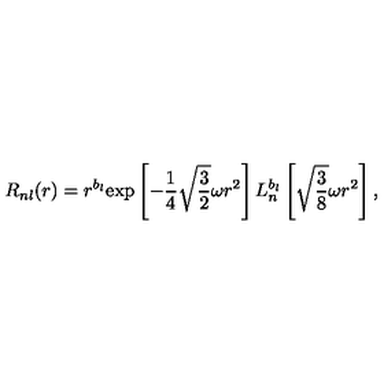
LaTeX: R _ { n l } ( r ) = r ^ { b _ { l } } \mathrm { e x p } \left[ - { \frac { 1 } { 4 } } \sqrt { \frac { 3 } { 2 } } \omega r ^ { 2 } \right] L _ { n } ^ { b _ { l } } \left[ \sqrt { \frac { 3 } { 8 } } \omega r ^ { 2 } \right] ,